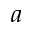
a